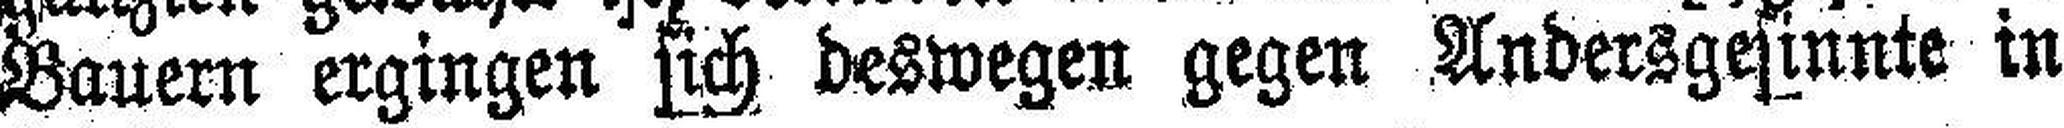
Bauern ergingen sich deswegen gegen Andersgesinnte in